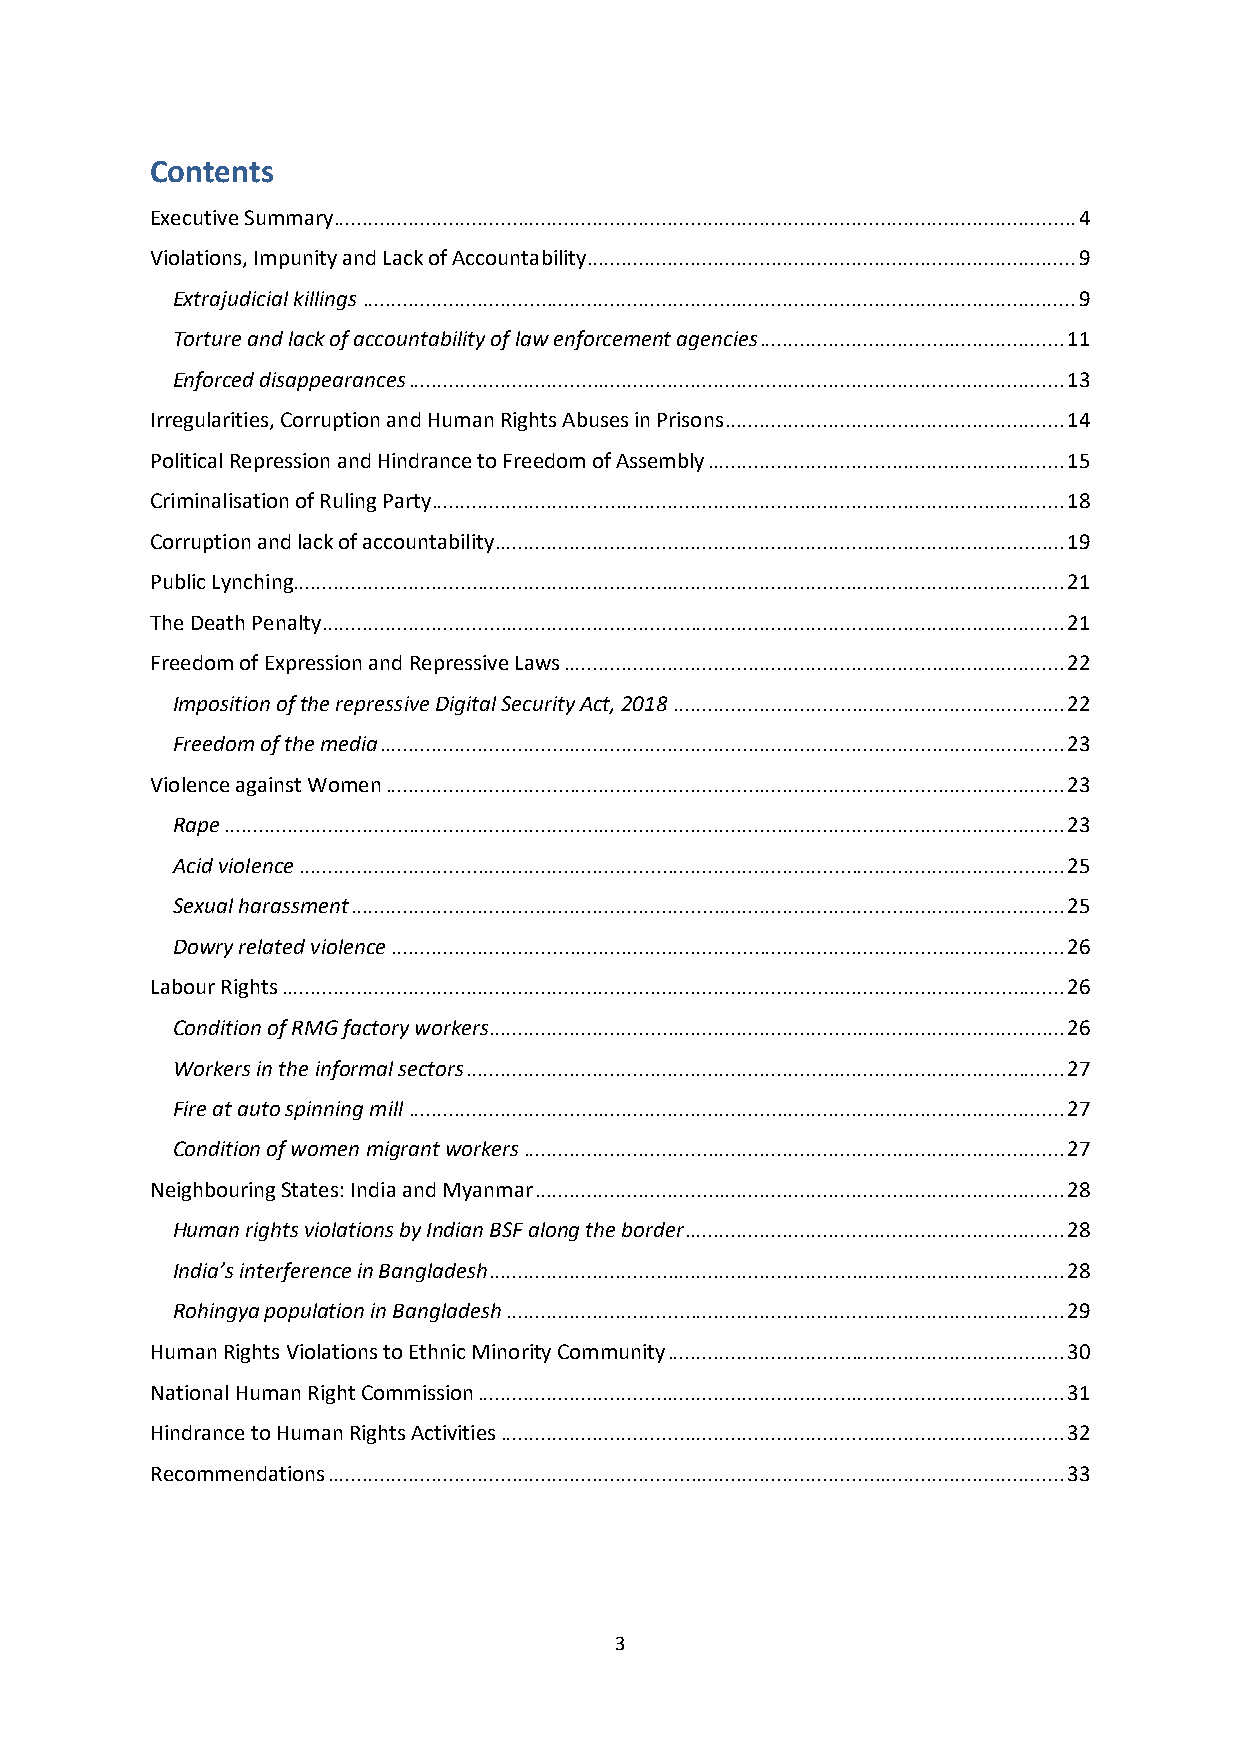
Contents
 Executive Summary ................................................................................................................................. 4
 Violations, Impunity and Lack of Accountability ..................................................................................... 9
 Extrajudicial killings ............................................................................................................................ 9
 Torture and lack of accountability of law enforcement agencies ..................................................... 11
 Enforced disappearances .................................................................................................................. 13
 Irregularities, Corruption and Human Rights Abuses in Prisons ........................................................... 14
 Political Repression and Hindrance to Freedom of Assembly .............................................................. 15
 Criminalisation of Ruling Party .............................................................................................................. 18
 Corruption and lack of accountability ................................................................................................... 19
 Public Lynching...................................................................................................................................... 21
 The Death Penalty ................................................................................................................................. 21
 Freedom of Expression and Repressive Laws ....................................................................................... 22
 Imposition of the repressive Digital Security Act, 2018 .................................................................... 22
 Freedom of the media ....................................................................................................................... 23
 Violence against Women ...................................................................................................................... 23
 Rape .................................................................................................................................................. 23
 Acid violence ..................................................................................................................................... 25
 Sexual harassment ............................................................................................................................ 25
 Dowry related violence ..................................................................................................................... 26
 Labour Rights ........................................................................................................................................ 26
 Condition of RMG factory workers .................................................................................................... 26
 Workers in the informal sectors ........................................................................................................ 27
 Fire at auto spinning mill .................................................................................................................. 27
 Condition of women migrant workers .............................................................................................. 27
 Neighbouring States: India and Myanmar ............................................................................................ 28
 Human rights violations by Indian BSF along the border .................................................................. 28
 India’s interference in Bangladesh .................................................................................................... 28
 Rohingya population in Bangladesh ................................................................................................. 29
 Human Rights Violations to Ethnic Minority Community ..................................................................... 30
 National Human Right Commission ...................................................................................................... 31
 Hindrance to Human Rights Activities .................................................................................................. 32
 Recommendations ................................................................................................................................ 33
 3